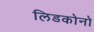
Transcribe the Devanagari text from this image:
लिडकोनो